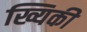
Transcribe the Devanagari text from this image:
ख्यिकी